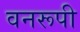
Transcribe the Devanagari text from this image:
वनरूपी